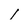
Character: l